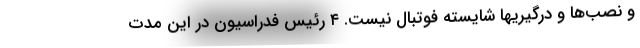
و نصب‌ها و درگیر‌یها شایسته فوتبال نیست. ۴ رئیس فدراسیون در این مدت